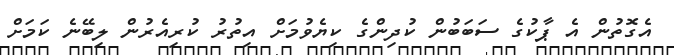
އެގޮތުން އެ ޕާކުގެ ސަބަބުން ކުދިންގެ ކިޔެވުމަށް އިތުރު ކުރިއެރުން ލިބޭނެ ކަމަށް